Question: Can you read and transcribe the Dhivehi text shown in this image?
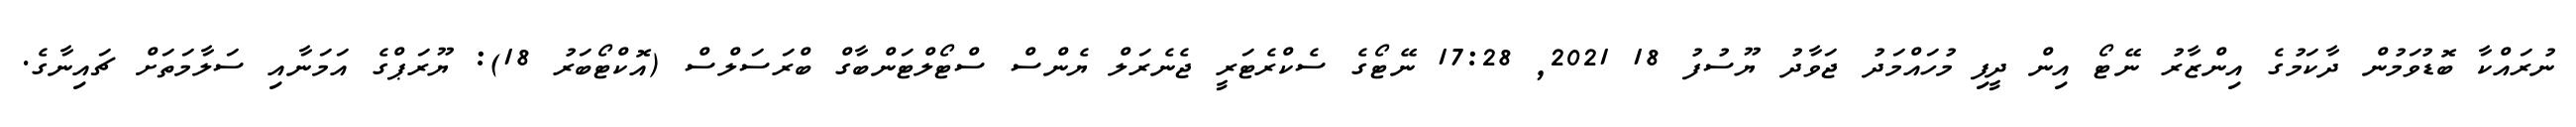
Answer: ނުރައްކާ ބޮޑުވަމުން ދާކަމުގެ އިންޒާރު ނޭޓޯ އިން ދީފި މުހައްމަދު ޖަވާދު ޔޫސުފު 18 2021, 17:28 ނޭޓޯގެ ސެކްރެޓަރީ ޖެނެރަލް ޔެންސް ސްޓޯލްޓަންބާގް ބްރަސަލްސް (އޮކްޓޯބަރު 18): ޔޫރަޕްގެ އަމަނާއި ސަލާމަތަށް ޗައިނާގެ.